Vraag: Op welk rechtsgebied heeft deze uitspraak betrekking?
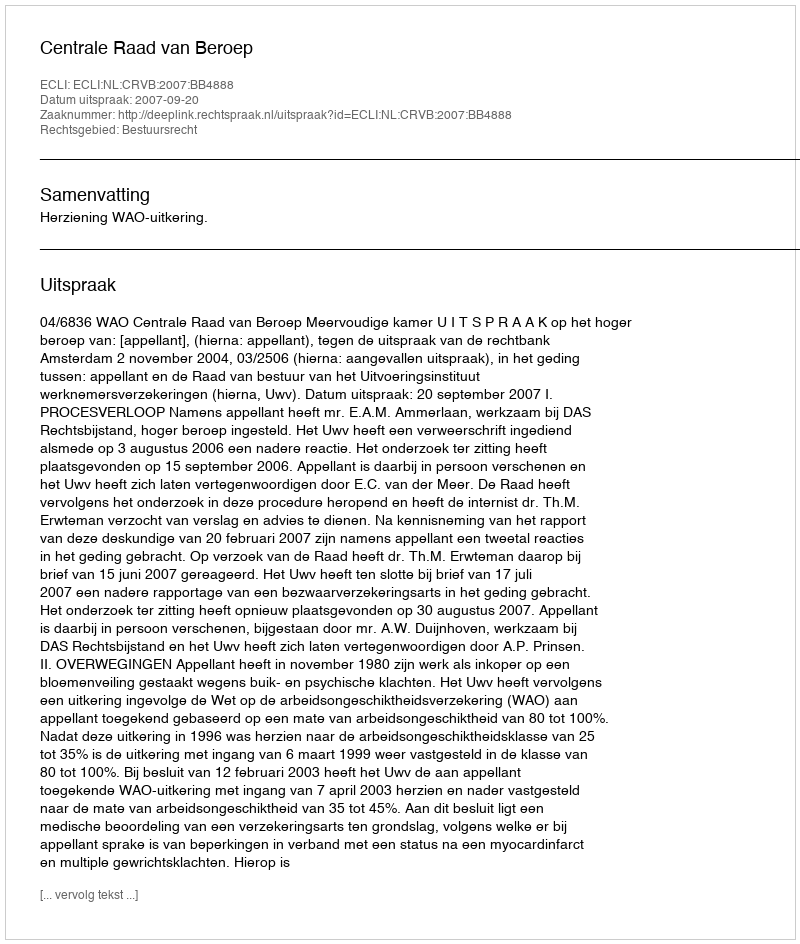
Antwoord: Bestuursrecht